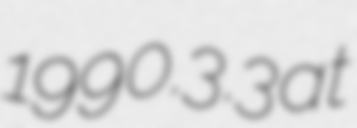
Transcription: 1990.3.3 at